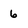
Character: 6